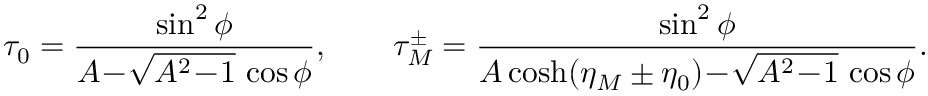
\tau _ { 0 } = \frac { \sin ^ { 2 } \phi } { A \! - \! \sqrt { A ^ { 2 } \! - \! 1 } \, \cos \phi } , \qquad \tau _ { M } ^ { \pm } = \frac { \sin ^ { 2 } \phi } { A \cosh ( \eta _ { M } \pm \eta _ { 0 } ) \! - \! \sqrt { A ^ { 2 } \! - \! 1 } \, \cos \phi } .